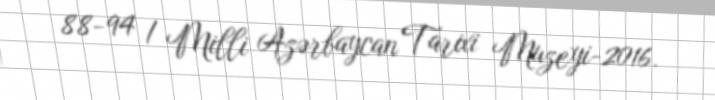
88-94 / Milli Azərbaycan Tarixi Muzeyi-2016.